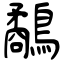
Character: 鷸